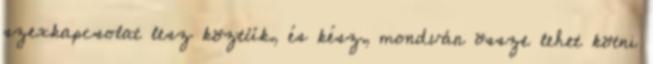
szexkapcsolat lesz köztük, és kész, mondván össze lehet kötni